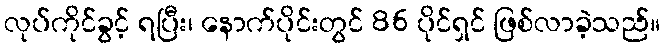
လုပ်ကိုင်ခွင့် ရပြီး၊ နောက်ပိုင်းတွင် 86 ပိုင်ရှင် ဖြစ်လာခဲ့သည်။